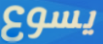
يسوع